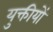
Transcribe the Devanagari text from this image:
युक्तीयों